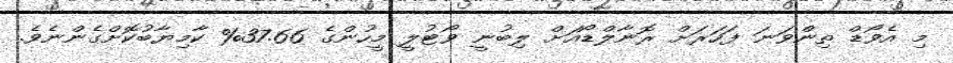
މި އެވޯޑް ތިންވަނަ ފަހަރަށް ރޮނާލްޑޯއަށް ލިބުނީ ވޯޓުލީ މީހުންގެ 37.66% ކާމިޔާބުކޮށްގެންނެވެ.